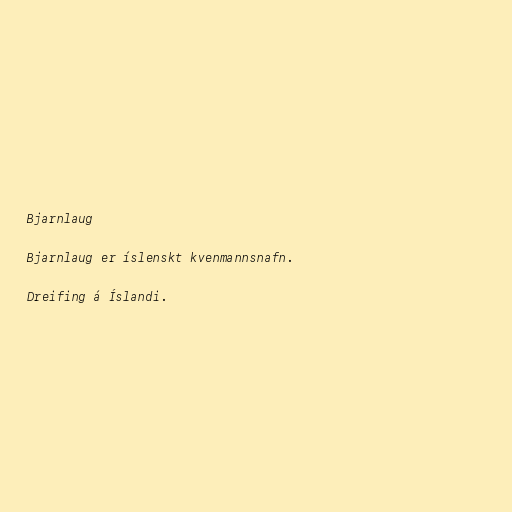
Bjarnlaug

Bjarnlaug er íslenskt kvenmannsnafn.

Dreifing á Íslandi.